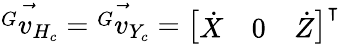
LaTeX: \vec{{^G}v_{H_{c}}}=\vec{{^G}v_{Y_{c}}}=\left[\begin{array}{lll}{\dot{X}}&{0}&{\dot{Z}}\end{array}\right]^{\intercal}{}